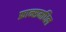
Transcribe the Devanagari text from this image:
फ्रान्समधिल